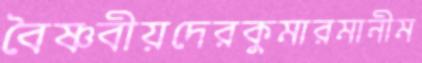
বৈষ্ণবীয়দেরকুমারমানীম